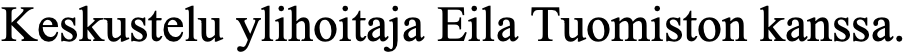
Keskustelu ylihoitaja Eila Tuomiston kanssa.